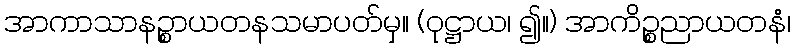
အာကာသာနဉ္စာယတနသမာပတ်မှ။ (ဝုဋ္ဌာယ၊ ၍။) အာကိဉ္စညာယတနံ၊